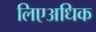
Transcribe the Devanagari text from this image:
लिएअधिक